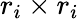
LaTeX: r_{i}\times r_{i}